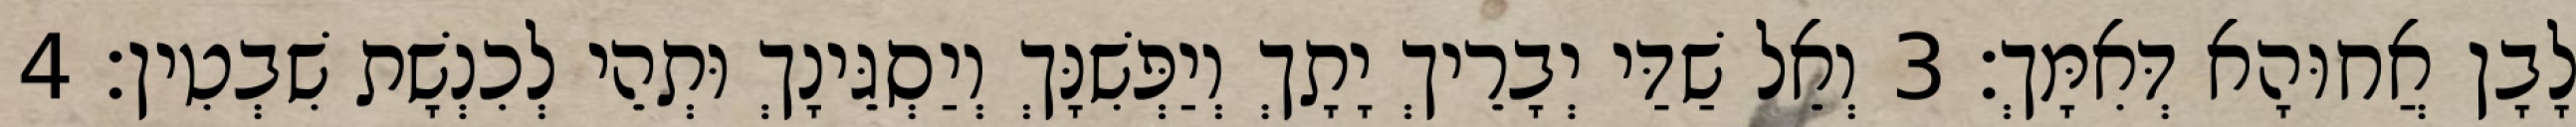
לָבָן אֲחוּהָא דְּאִמָּךְ׃ 3 וְאֵל שַׁדַּי יְבָרֵיךְ יָתָךְ וְיַפְּשִׁנָּךְ וְיַסְגֵּינָךְ וּתְהֵי לְכִנְשָׁת שִׁבְטִין׃ 4